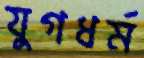
যুগধর্ম